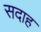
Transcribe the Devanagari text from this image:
सदाह